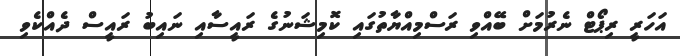
އަހަރީ ރިޕޯޓް ނެރުމަށް ބޭއްވި ރަސްމިއްޔާތުގައި ކޮމިޝަނުގެ ރައީސާއި ނައިބު ރައީސް ދެއްކެވި